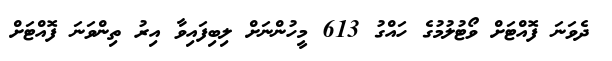
ދެވަނަ ފޮއްޓަށް ވޯޓުލުމުގެ ހައްގު 613 މީހުންނަށް ލިބިފައިވާ އިރު ތިންވަނަ ފޮއްޓަށް